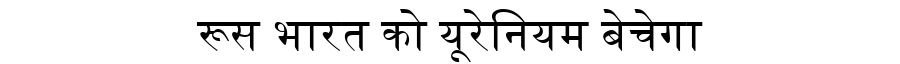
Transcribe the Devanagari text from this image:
रूस भारत को यूरेनियम बेचेगा